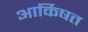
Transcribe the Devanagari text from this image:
आर्किषत